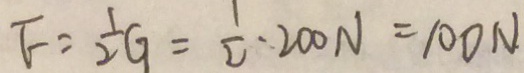
F = \frac { 1 } { 2 } G = \frac { 1 } { 2 } \cdot 2 0 0 N = 1 0 0 N .